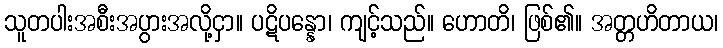
သူတပါးအစီးအပွားအလို့ငှာ။ ပဋိပန္နော၊ ကျင့်သည်။ ဟောတိ၊ ဖြစ်၏။ အတ္တဟိတာယ၊